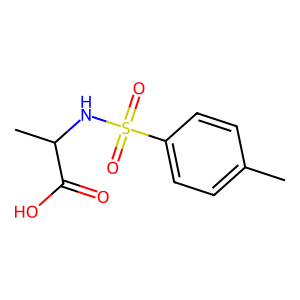
SMILES: Cc1ccc(S(=O)(=O)NC(C)C(=O)O)cc1
Inhibits HIV replication: No